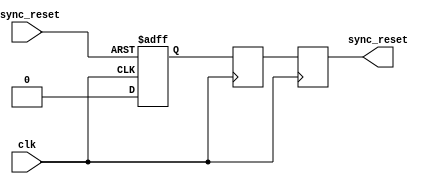
module async_reset_synchronizer (
    input wire clk,              // Clock input
    input wire async_reset,      // Asynchronous reset input
    output reg sync_reset        // Synchronized reset output
);

    // Internal signals for flip-flops
    reg ff1, ff2;

    always @(posedge clk or posedge async_reset) begin
        if (async_reset) begin
            ff1 <= 1'b1; // Set the first flip-flop to active state on async reset
        end else begin
            ff1 <= 1'b0; // Clear on clock edge if reset is not active
        end
    end

    always @(posedge clk) begin
        ff2 <= ff1; // Chain the first flip-flop output to the second flip-flop
    end

    always @(posedge clk) begin
        sync_reset <= ff2; // Output the synchronized reset
    end

endmodule